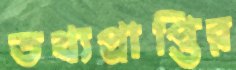
তথ্যপ্রাপ্তির